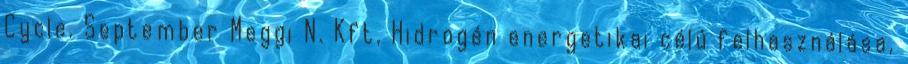
Cycle. September Meggi N. Kft, Hidrogén energetikai célú felhasználása,